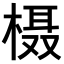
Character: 𪳍